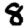
Digit: 8